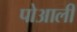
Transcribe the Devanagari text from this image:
पोआली